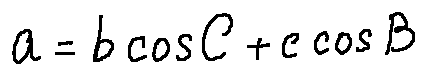
a = b \cos C + c \cos B